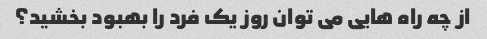
از چه راه هایی می توان روز یک فرد را بهبود بخشید؟